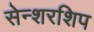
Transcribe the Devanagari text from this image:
सेन्शरशिप